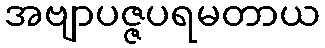
အဗျာပဇ္ဇပရမတာယ